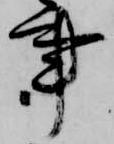
事